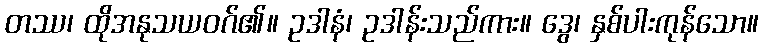
တဿ၊ ထိုအနုသယဝဂ်၏။ ဥဒါနံ၊ ဥဒါန်းသည်ကား။ ဒွေ၊ နှစ်ပါးကုန်သော။